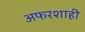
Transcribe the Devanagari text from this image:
अफरशाही